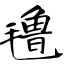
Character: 氇